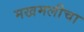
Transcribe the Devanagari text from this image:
मखमलीचा